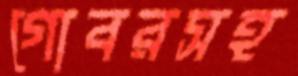
গোবরসহ